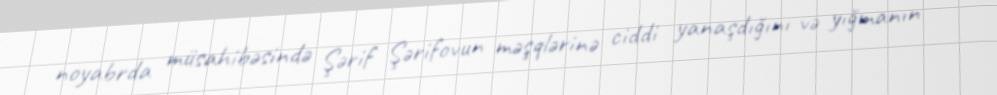
noyabrda müsahibəsində Şərif Şərifovun məşqlərinə ciddi yanaşdığını və yığmanın